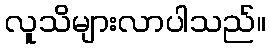
လူသိများလာပါသည်။